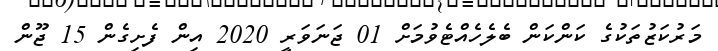
މަރުކަޒުތަކުގެ ކަންކަން ބެލެހެއްޓެވުމަށް 01 ޖަނަވަރީ 2020 އިން ފެށިގެން 15 ޖޫން